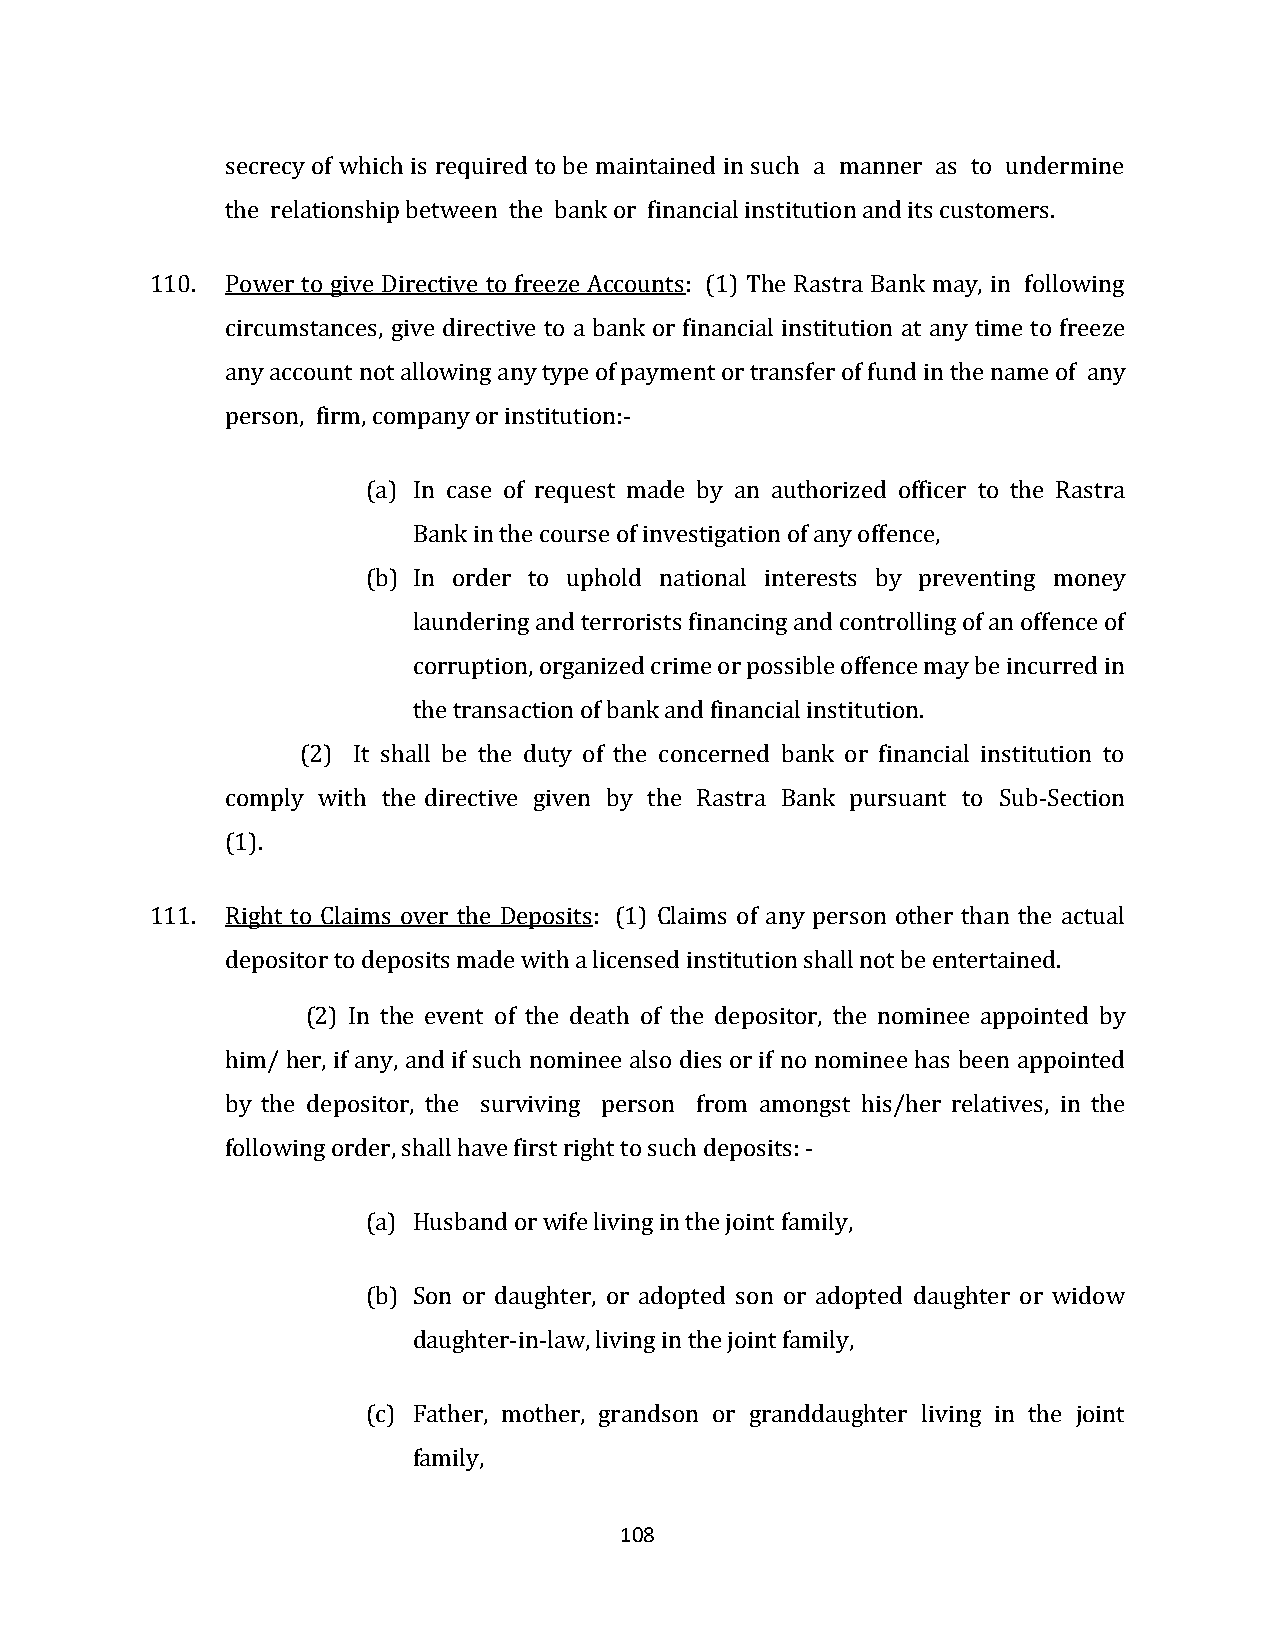
secrecy of which is required to be maintained in such a manner as to undermine
 the relationship between the bank or financial institution and its customers.
 110. Power to give Directive to freeze Accounts: (1) The Rastra Bank may, in following
 circumstances, give directive to a bank or financial institution at any time to freeze
 any account not allowing any type of payment or transfer of fund in the name of any
 person, firm, company or institution:-
 (a) In case of request made by an authorized officer to the Rastra
 Bank in the course of investigation of any offence,
 (b) In order to uphold national interests by preventing money
 laundering and terrorists financing and controlling of an offence of
 corruption, organized crime or possible offence may be incurred in
 the transaction of bank and financial institution.
 (2) It shall be the duty of the concerned bank or financial institution to
 comply with the directive given by the Rastra Bank pursuant to Sub-Section
 (1).
 111. Right to Claims over the Deposits: (1) Claims of any person other than the actual
 depositor to deposits made with a licensed institution shall not be entertained.
 (2) In the event of the death of the depositor, the nominee appointed by
 him/ her, if any, and if such nominee also dies or if no nominee has been appointed
 by the depositor, the surviving person from amongst his/her relatives, in the
 following order, shall have first right to such deposits: -
 (a) Husband or wife living in the joint family,
 (b) Son or daughter, or adopted son or adopted daughter or widow
 daughter-in-law, living in the joint family,
 (c) Father, mother, grandson or granddaughter living in the joint
 family,
 108